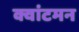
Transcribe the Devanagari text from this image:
क्वांटमन